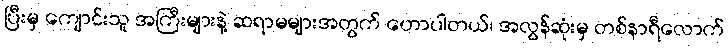
ပြီးမှ ကျောင်းသူ အကြီးများနဲ့ ဆရာမများအတွက် ဟောပါတယ်၊ အလွန်ဆုံးမှ တစ်နာရီလောက်